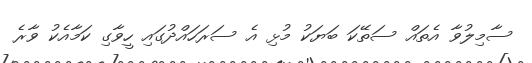
ސާމިލުވާ އެތައް ސަތޭކަ ބަޔަކު މުޅި އެ ސަރަހައްދުގައި ހީވާގި ކަމާއެކު ވާރެ